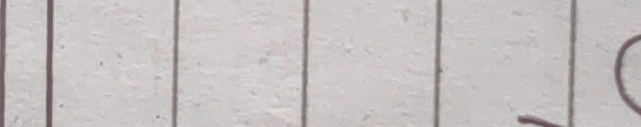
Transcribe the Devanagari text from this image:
९